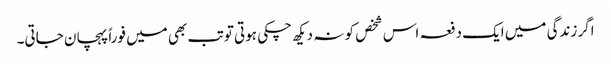
اگر زندگی میں ایک دفعہ اس شخص کو نہ دیکھ چکی ہوتی تو تب بھی میں فوراً پہچان جاتی۔